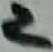
Text: 2